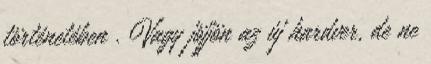
történetében . Vagy jöjjön az új hardver, de ne